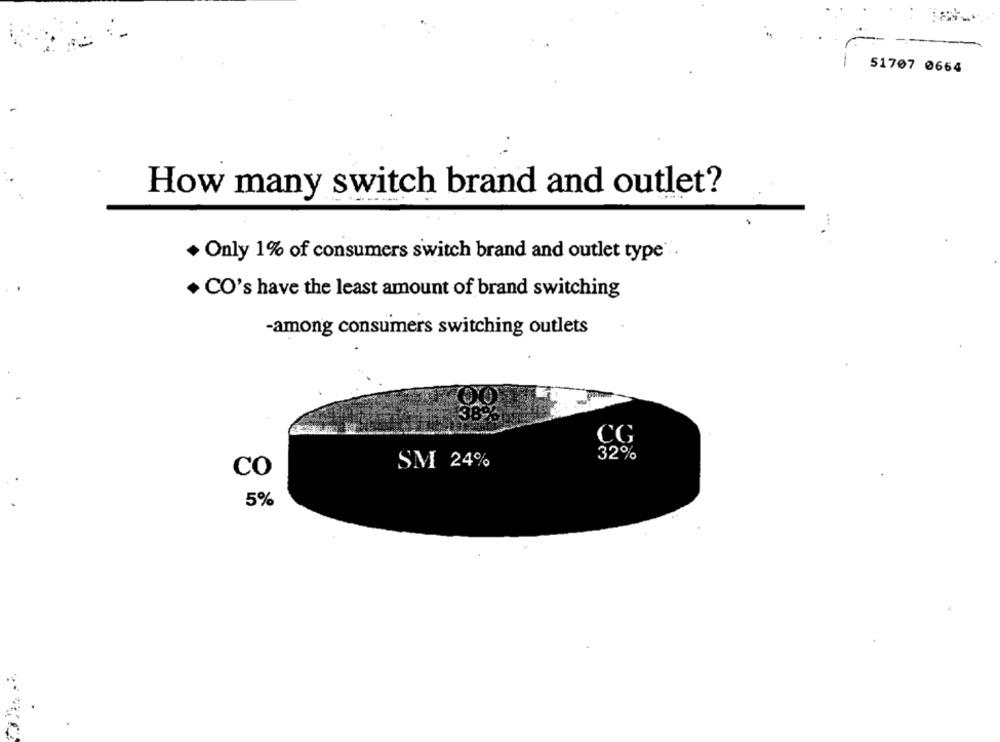
-
51707 0664
How many switch brand and outlet?
Only 1% of consumers switch brand and outlet type"
+ CO's have the least amount of brand switching
-among consumers switching outlets
38
CG
32%
SM 24%
CO
5%